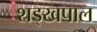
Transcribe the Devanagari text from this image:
शड्खपाल